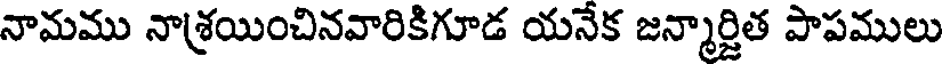
నామము నాశ్రయించినవారికిగూడ యనేక జన్మార్జిత పాపములు